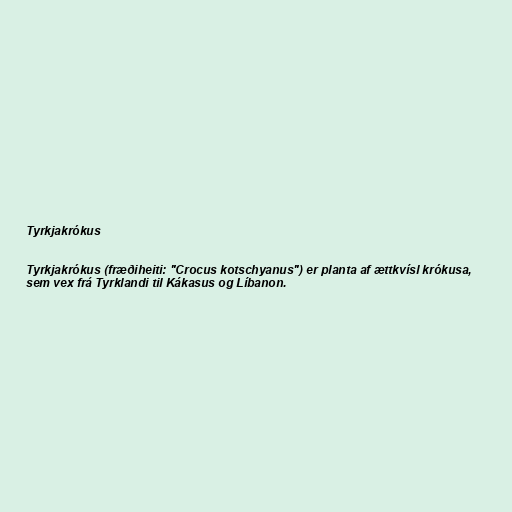
Tyrkjakrókus

Tyrkjakrókus (fræðiheiti: "Crocus kotschyanus") er planta af ættkvísl krókusa,
sem vex frá Tyrklandi til Kákasus og Líbanon.